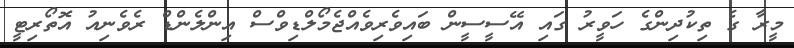
މީރާ ގެ ތިކުދިންގެ ހަވީރު ގައި އޭސީސީން ބައިވެރިވެއްޖެމޯލްޑިވްސް އިންލެންޑް ރެވެނިއު އޮތޯރިޓީ